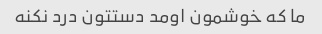
ما که خوشمون اومد‌ دستتون درد نکنه